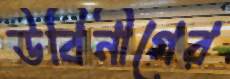
উবিনীগের